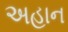
અહાન